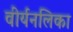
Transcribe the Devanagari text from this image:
वीर्यनलिका